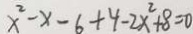
x ^ { 2 } - x - 6 + 4 - 2 x ^ { 2 } + 8 = 0